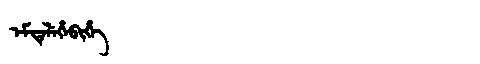
Manchu: ᡝᠮᡨᡝᠯᡝᡥᡝᠪᡳᡥᡝ
Romanization: EMTELEHEBIHE